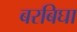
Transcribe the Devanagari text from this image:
बरबिघा